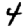
Digit: 4